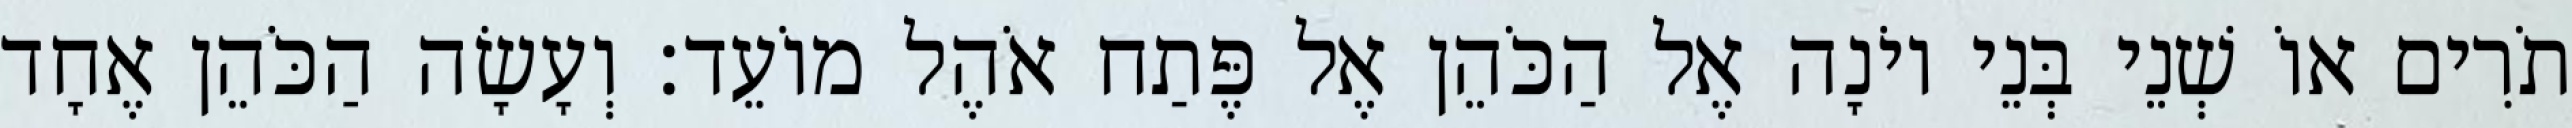
תֹרִים אוֹ שְׁנֵי בְּנֵי יוֹנָה אֶל הַכֹּהֵן אֶל פֶּתַח אֹהֶל מוֹעֵד׃ וְעָשָׂה הַכֹּהֵן אֶחָד